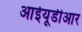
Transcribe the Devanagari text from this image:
आईयूडीआर